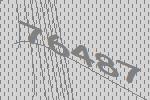
76487